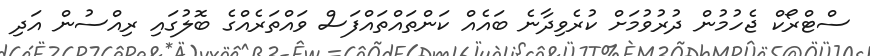
ސްޓްރޯކް ޖެހުމުން ދުރުވުމަށް ކުރެވިދާނެ ބައެއް ކަންތައްތައްފަސް ވައްތަރެއްގެ ބޮލުގައި ރިއްސުން އަދި